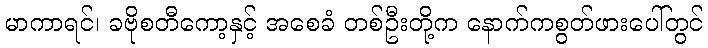
မာကာရင်၊ ခဗိုစတီကော့နှင့် အစေခံ တစ်ဦးတို့က နောက်ကစွတ်ဖားပေါ်တွင်